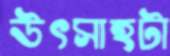
উৎসাহটা